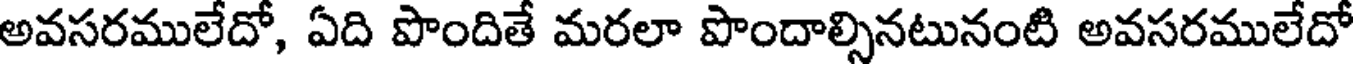
అవసరములేదో, ఏది పొందితే మరలా పొందాల్సినటునంటి అవసరములేదో